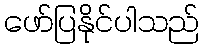
ဖော်ပြနိုင်ပါသည်